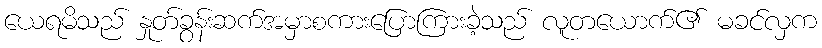
ယေရမိသည် နှုတ်ခွန်းဆက်အမှာစကားပြောကြားခဲ့သည် လူတယောက်၏ မခင်လှက